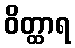
ဝိတ္ထာရ